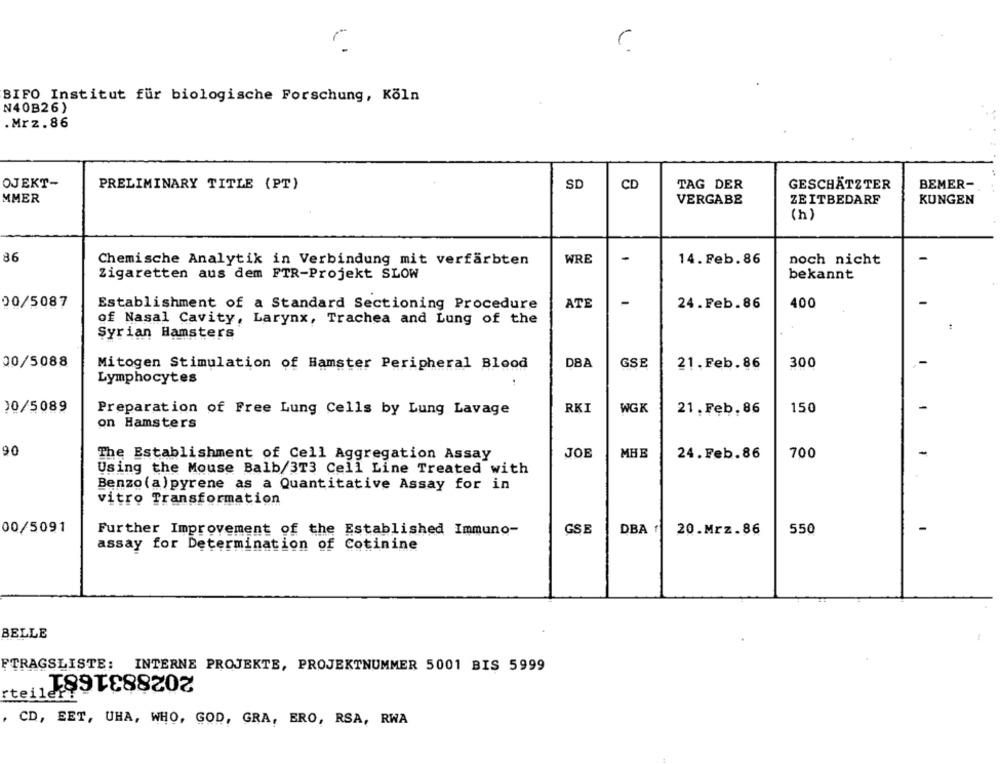
BIFO Institut für biologische Forschung, Köln
N40B26)
.Mrz.86
OJEKT-
SD
TAG DER
PRELIMINARY TITLE (PT)
CD
GESCHÄTZTER
BEMER-
MMER
VERGABE
ZEITBEDARF
KUNGEN
(h)
86
WRE
-
14. Feb. 86
noch nicht
-
Chemische Analytik in Verbindung mit verfärbten
Zigaretten aus dem FTR-Projekt SLOW
bekannt
00/5087
Establishment of a Standard Sectioning Procedure
ATE
-
24.Feb.86
400
of Nasal Cavity, Larynx, Trachea and Lung of the
Syrian Hamsters
00/5088
Mitogen Stimulation of Hamster Peripheral Blood
DBA
GSE
21.Feb. 86
300
Lymphocytes
20/5089
Preparation of Free Lung Cells by Lung Lavage
RKI
WGK
21 . Feb. 86
150
on Hamsters
90
The Establishment of Cell Aggregation Assay
JOE
MHB
24.Feb.86
700
Using the Mouse Balb/3T3 Cell Line Treated with
Benzo (a)pyrene as a Quantitative Assay for in
vitro Transformation
00/5091
Further Improvement of the Established Immuno-
GSE
DBA
20.Mrz.86
550
assay for Determination of Cotinine
BELLE
FTRAGSLISTE: INTERNE PROJEKTE, PROJEKTNUMMER 5001 BIS 5999
, CD, EET, UHA, WHO, GOD, GRA, ERO, RSA, RWA